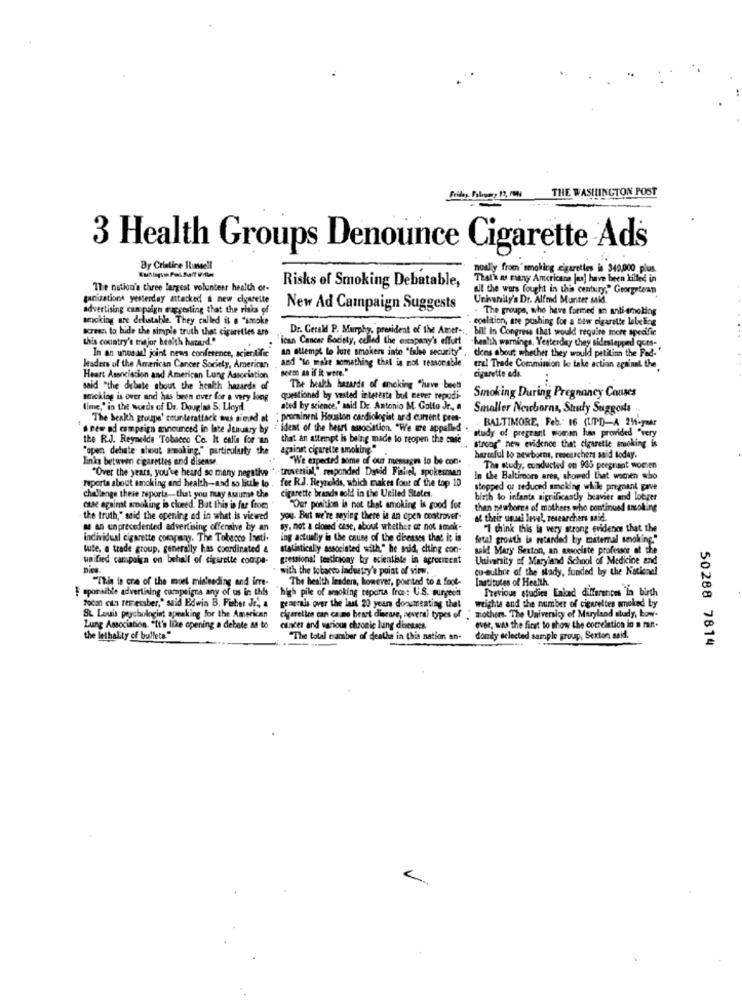
..
Friday, Foleymy 17, PM
THE WASHINGTON POST
--
3 Health Groups Denounce Cigarette Ads
By Cristine Russell
nowlly from"smoking cigarettes is 340,000 plus.
That's as many Americans [u] have been killed in
The nation's three largest volunteer health of-
Risks of Smoking Debatable,
all the wars fought in this century," Georgetean
ganizations yesterday attacked a new cigarette
Urivanily's Dr. Alfed Manter said.
advertising campaign mapgesting that the risks of
New Ad Campaign Suggests
The groups, who have formed an anti-smoking
smoking are delatable. They called il . "smoke
coalition, are pushing for a few cigarette labeling
screen to bude the simple truth that cigarettes are
Dr. Gerald P. Murphy, president of the Amer" ;.
bilt In Congress that would require more specific
this country's major health hazard."
"ican Cancer Society, called the escapany's effort
chen'th warninga. Yesterday they sidestepped ques-
In an unos at! joint news conference, scientific
an attempt to luze smokers inte "fales security".
"lo make something that is not reasonable
clens about whether they would petitinn the Ped-
leaders of the American Cancer Society, American
Bees an if it were."
cigarette ada.
eral Trade Comminion lo take action against the
Heart Association and American Lung Association
..
said "the debate about the health hazards of
The health bazarde of smoking "have been
smoking is over and has been over for a very long
questioned by vested intereste bul never repudi-
Smoking During Pregnancy Causes
(lme," in the words of Dr. Douglas 5. Lloyd
ated by science," said De. Antonio M. Golto Jr ., A
Smaller Newborna, Study Suggests
The health groupe' counterattack mus aimed at
: prominent Houston cardiologist ard current pres-
BALTIMORE, Feb." 16 (UPD)-A 25-year
a new ad campaign announced in late January by . ident of the besrl association. "We are appalled .
study of pregnant woman has provided "very
the R.J. Reynolds Tobacco Co. It ealla for an
that an attempt is being made to reopen the case
"open debate shout smoking," particularly the
against cigarette smoking."
strong" new evidence that cigarette smoking is
links between cigarettes and disease
"We expected some of our messages to be con.
harceful to newborns, researchers said today.
"Over the years, you've heard so many negative
"Over the years, you've heard so many negative "- trovenial," responded Dyvid Fishel, spokesman
The study, conducted on 935 pregnant women
reporta about smoking and health -- and so little to.
for R.J. Reynolds, which makes four of the top 10
In the Baltimore ares, showed that wachen who
cigarette brands sold in the United States.
stopped or reduced amcking while prymant gave
challenge these reports that you muay assume the
birth to infanta significantly heavier and lotger
case against smoking is cloeed. But this is far from
"Our position is not that smoking is good for
then newborns of mothers who continued ancoking
the truth," said the opening ed in what is viewed
you. But we're saying there is an cpen controver-
af their usual level, researchers said.
as an unprecedented advertising offensive by an
sy. not a closed case, about whether ce not smak-
"I think this is very strong evidence that the
individual cigarette company. The Tobacco Insti.
ing actually in the cause of the diseases that it in
fetal growth in retarded by maternal smoking."
tute, e trade group, generally has coordinated &
statistically associated with." he said, citing con-
wald Mary Sexton, an sesociete professor of the
unified campaign on behalf of cigarette com.pe-
gressional testimony by scientiste in agreement
University of Maryland School of Medicine and
nies
with the tobacco industry's point of view.
tu-author of the sady, funded by the Nationel
"This is one of the moet misleading and irre-
The health leaders, however, por ted to a foot-
Institutes of Health.
$ eporsible advertising campaigns any of us in this
high pile of smoking reports from: U.S. surgeon
Previous studies Eniced differences In birth
Toda can remember," said Edwin B. Fiber Jr ., a
weights and the number of cigarettes smoked by
SL Louis peyichologint speaking for the American
generals over the last 20 years documenting that
cigarellen can cane heart disease, several types of
mothers. The University of Maryland study, Low-
Lung Association. "It's like opening a debate as to
cancer and various chronic lung diseases
ever, was the first to show the correlation in a man-
the lethality of bullets"
"The total camber of deathe in this nation an-
domky aclected sample group, Sexton said.
50288 7814